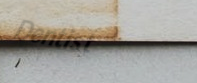
Dentist